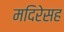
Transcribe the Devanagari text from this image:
मदिरेसह